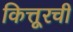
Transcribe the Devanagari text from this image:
कित्तूरची